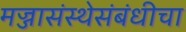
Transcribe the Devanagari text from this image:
मज्जासंस्थेसंबंधीचा